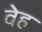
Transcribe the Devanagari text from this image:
वेह